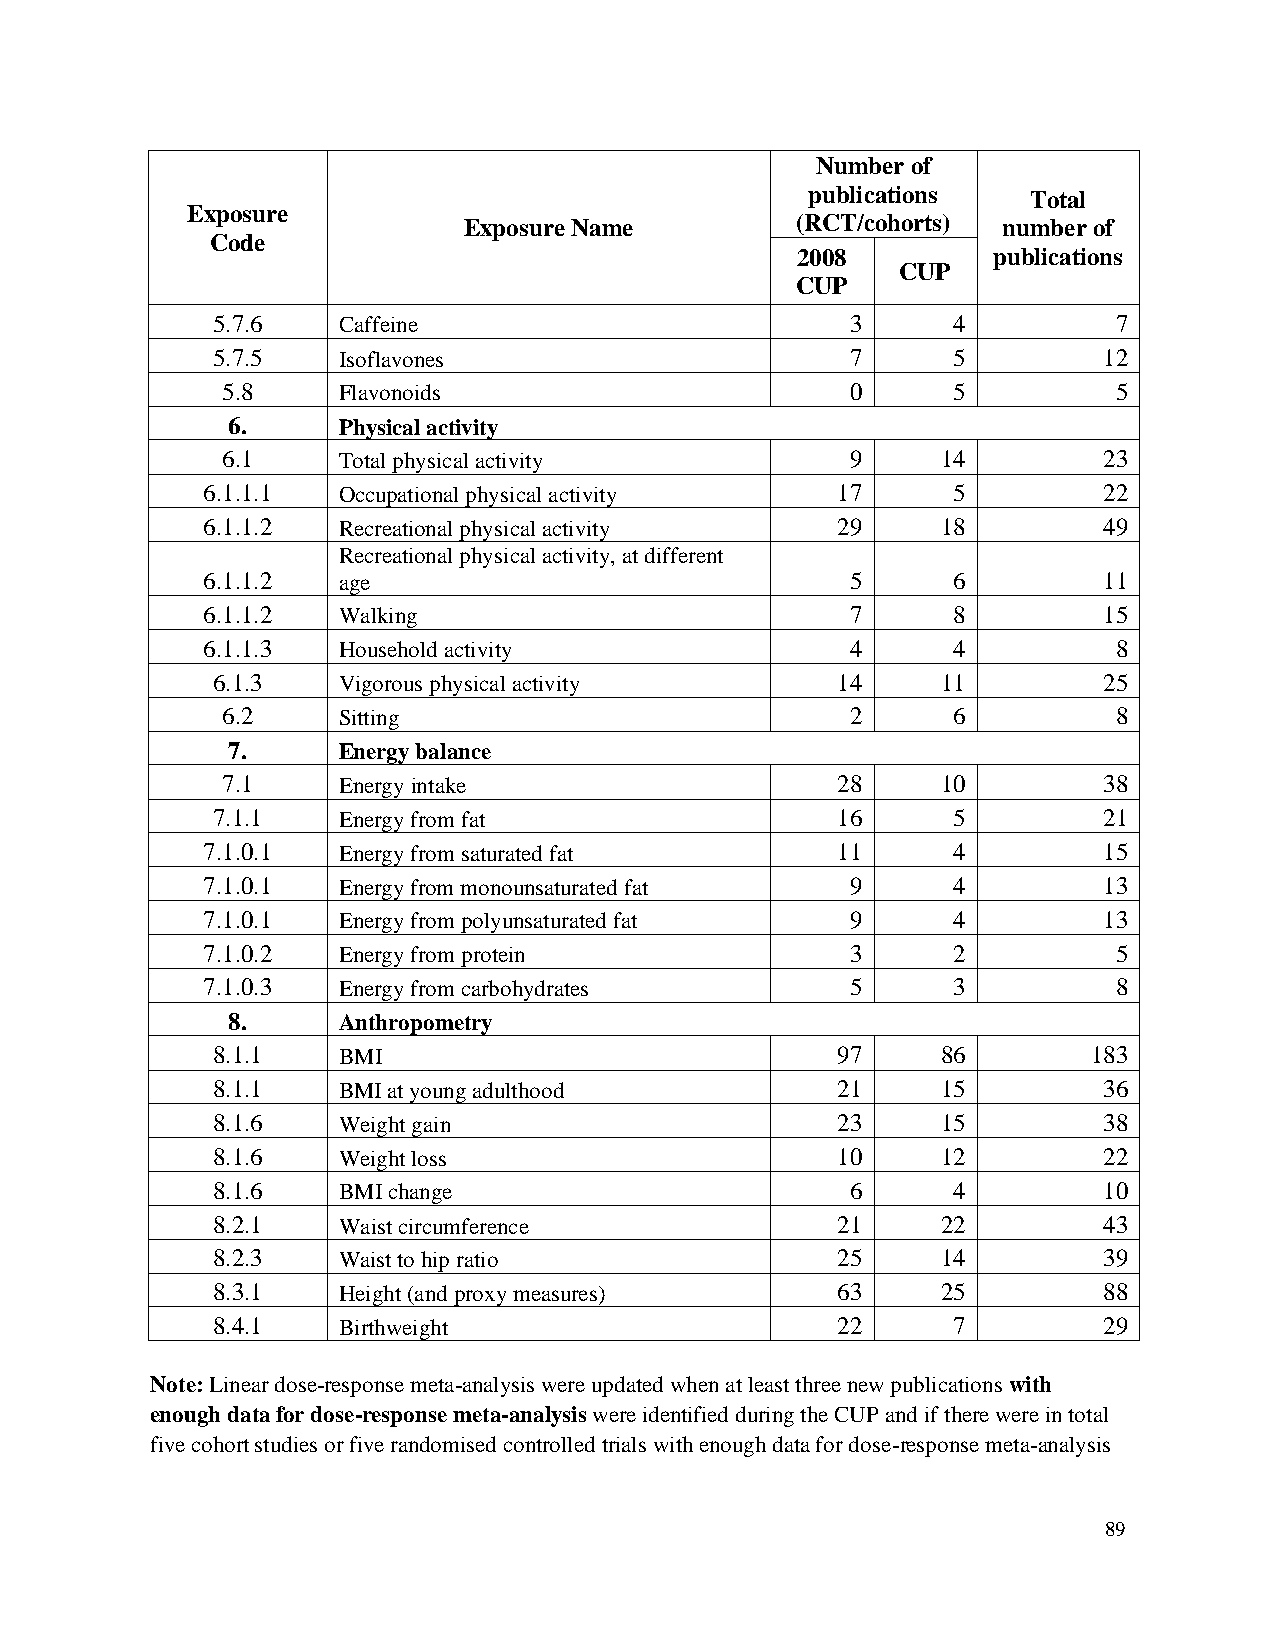
Number of
 publications  Total
 Exposure
 Exposure Name         (RCT/cohorts) number of
 Code
 2008         publications
 CUP
 CUP
 5.7.6   Caffeine                          3      4          7
 5.7.5   Isoflavones                       7      5         12
 5.8    Flavonoids                        0      5          5
 6.     Physical activity
 6.1    Total physical activity           9     14         23
 6.1.1.1  Occupational physical activity   17      5         22
 6.1.1.2  Recreational physical activity   29     18         49
 Recreational physical activity, at different
 6.1.1.2  age                               5      6         11
 6.1.1.2  Walking                           7      8         15
 6.1.1.3  Household activity                4      4          8
 6.1.3   Vigorous physical activity       14     11         25
 6.2    Sitting                           2      6          8
 7.     Energy balance
 7.1    Energy intake                    28     10         38
 7.1.1   Energy from fat                  16      5         21
 7.1.0.1  Energy from saturated fat        11      4         15
 7.1.0.1  Energy from monounsaturated fat   9      4         13
 7.1.0.1  Energy from polyunsaturated fat   9      4         13
 7.1.0.2  Energy from protein               3      2          5
 7.1.0.3  Energy from carbohydrates         5      3          8
 8.     Anthropometry
 8.1.1   BMI                              97     86        183
 8.1.1   BMI at young adulthood           21     15         36
 8.1.6   Weight gain                      23     15         38
 8.1.6   Weight loss                      10     12         22
 8.1.6   BMI change                        6      4         10
 8.2.1   Waist circumference              21     22         43
 8.2.3   Waist to hip ratio               25     14         39
 8.3.1   Height (and proxy measures)      63     25         88
 8.4.1   Birthweight                      22      7         29
 Note: Linear dose-response meta-analysis were updated when at least three new publications with
 enough data for dose-response meta-analysis were identified during the CUP and if there were in total
 five cohort studies or five randomised controlled trials with enough data for dose-response meta-analysis
 89